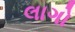
લાગો